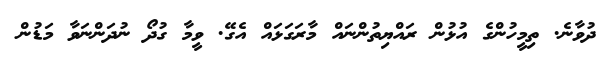
ދުވާނެ. ތިމީހުންގެ އުޅުން ރައްޔިތުންނައް މާރަގަޅައް އެގޭ. ވީމާ ގުދޯ ނުދަންނަވާ މަޑުން